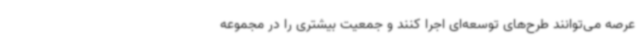
عرصه می‌توانند طرح‌های توسعه‌ای اجرا کنند و جمعیت بیشتری را در مجموعه